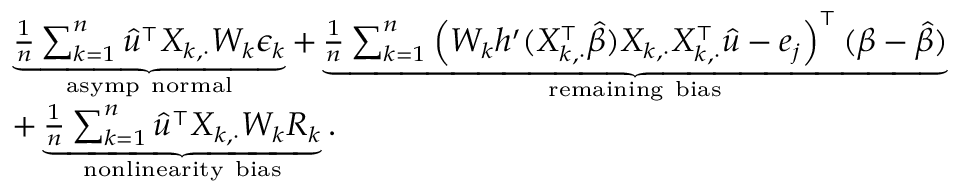
\small \begin{array} { r l } & { \underbrace { \frac { 1 } { n } \sum _ { k = 1 } ^ { n } \widehat { u } ^ { \intercal } X _ { k , \cdot } W _ { k } \epsilon _ { k } } _ { \mathrm { a s y m p ~ n o r m a l } } + \underbrace { \frac { 1 } { n } \sum _ { k = 1 } ^ { n } \left( W _ { k } h ^ { \prime } ( X _ { k , \cdot } ^ { \intercal } \widehat { \beta } ) X _ { k , \cdot } X _ { k , \cdot } ^ { \intercal } \widehat { u } - e _ { j } \right) ^ { \intercal } ( \beta - \widehat { \beta } ) } _ { \mathrm { r e m a i n i n g ~ b i a s } } } \\ & { + \underbrace { \frac { 1 } { n } \sum _ { k = 1 } ^ { n } \widehat { u } ^ { \intercal } X _ { k , \cdot } W _ { k } R _ { k } } _ { \mathrm { n o n l i n e a r i t y ~ b i a s } } . } \end{array}